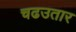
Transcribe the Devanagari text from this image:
चढउतार